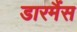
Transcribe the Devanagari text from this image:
डारमैंस